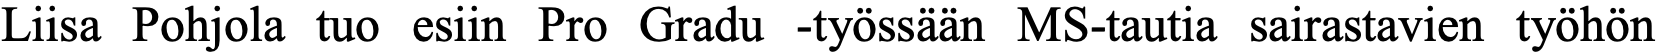
Liisa Pohjola tuo esiin Pro Gradu -työssään MS-tautia sairastavien työhön